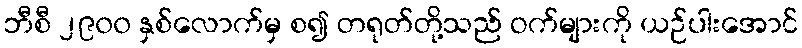
ဘီစီ ၂၉၀၀ နှစ်လောက်မှ စ၍ တရုတ်တို့သည် ဝက်များကို ယဉ်ပါးအောင်